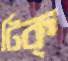
টিক্‌